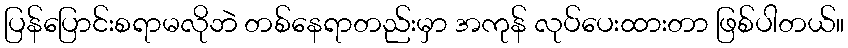
ပြန်ပြောင်းစရာမလိုဘဲ တစ်နေရာတည်းမှာ အကုန် လုပ်ပေးထားတာ ဖြစ်ပါတယ်။